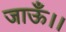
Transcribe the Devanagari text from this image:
जाऊँ।।